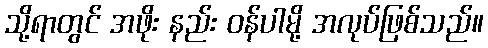
သို့ရာတွင် အဖိုး နည်း ဝန်ပါမို့ အလုပ်ဖြစ်သည်။